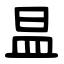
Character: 昷